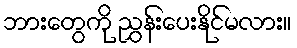
ဘားတွေကို ညွှန်းပေးနိုင်မလား။